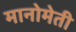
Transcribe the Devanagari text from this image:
मानोमेती